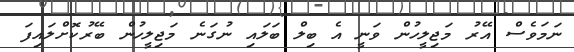
ނަމަވެސް އޭރު މަޖިލީހުން ވަނީ އެ ބިލް ބަލައި ނުގަނެ މަޖިލީހުން ބޭރުކޮށްލައިފަ